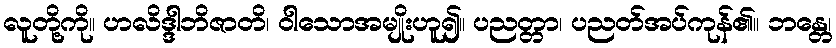
လူတို့ကို။ ဟလိဒ္ဒါဘိဇာတိ၊ ဝါသောအမျိုးဟူ၍။ ပညတ္တာ၊ ပညတ်အပ်ကုန်၏။ ဘန္တေ၊